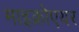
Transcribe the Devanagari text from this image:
माइक्रोएयर